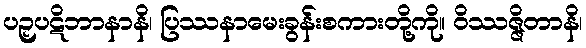
ပဉှပဋိဘာနာနိ၊ ပြဿနာမေးခွန်းစကားတို့ကို။ ဝိဿဇ္ဇိတာနိ၊